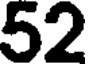
52